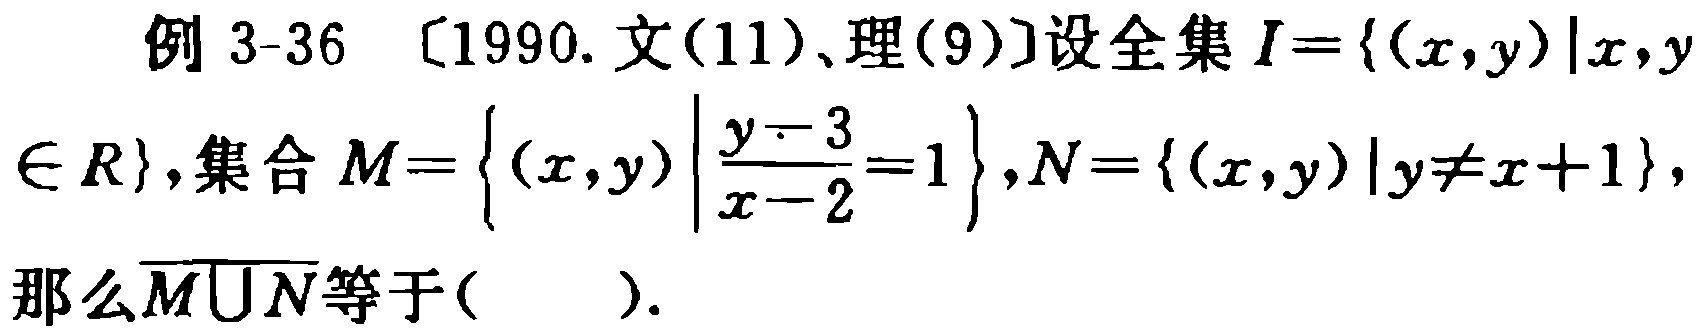
例 3-36 〔1990.文(11)、理(9)〕设全集 \(I = \{(x,y)|x,y\in R\}\), 集合 \(M = \left\{(x,y)\left|\frac{y - 3}{x - 2}=1\right.\right\},N = \{(x,y)|y\neq x + 1\}\), 那么\(\overline{M\cup N}\)等于(  ).